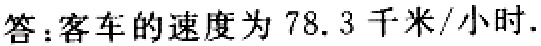
答：客车的速度为 \(78.3\) 千米/小时.